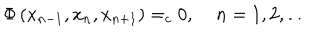
LaTeX: \Phi \left( x _ { n - 1 } , x _ { n } , x _ { n + 1 } \right) = _ { c } 0 , \; n = 1 , 2 , \ldots